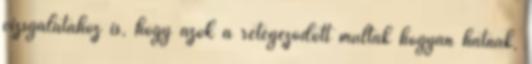
vizsgálatához is, hogy azok a rétegeződött múltak hogyan hatnak,